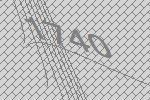
1740